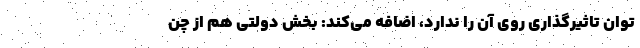
توان تاثیرگذاری روی آن را ندارد، اضافه می‌کند: بخش دولتی هم از چن